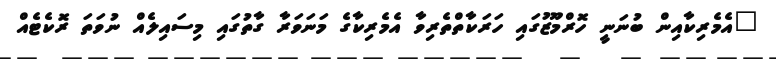
"އެމެރިކާއިން ބުނަނީ ހޮރްމޫޒުގައި ހަރަކާތްތެރިވާ އެމެރިކާގެ މަނަވަރާ ގާތުގައި މިސައިލެއް ނުވަތަ ރޮކެޓެއް